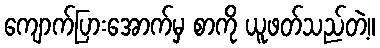
ကျောက်ပြားအောက်မှ စာကို ယူဖတ်သည်တဲ့။